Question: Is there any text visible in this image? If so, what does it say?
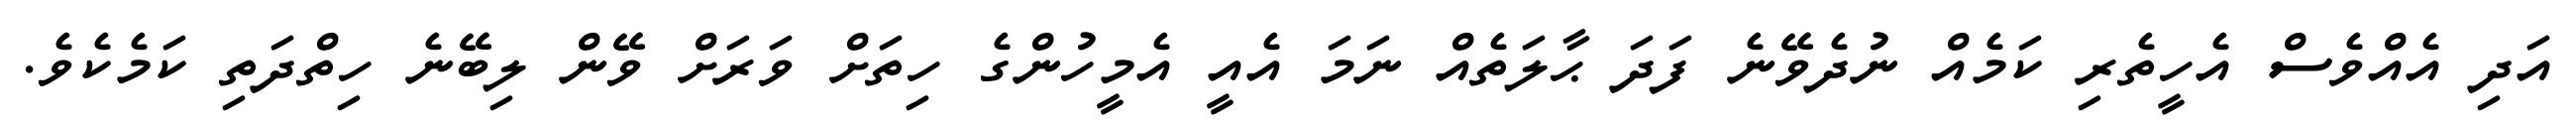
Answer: އަދި އެއްވެސް އެހީތެރި ކަމެއް ނުދެވޭނެ ފަދަ ޙާލަތެއް ނަމަ އެއީ އެމީހުންގެ ހިތަށް ވަރަށް ވޭން ލިބޭނެ ހިތްދަތި ކަމެކެވެ.